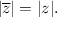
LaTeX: \quad | { \overline { { z } } } | = | z | .